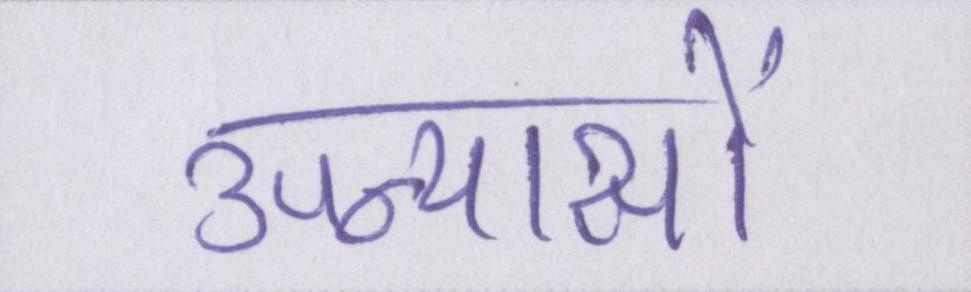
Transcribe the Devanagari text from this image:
उपन्यासों